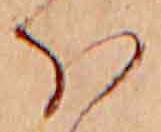
ほ